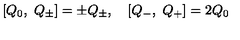
[ Q _ { 0 } , \ Q _ { \pm } ] = \pm Q _ { \pm } , \quad [ Q _ { - } , \ Q _ { + } ] = 2 Q _ { 0 }